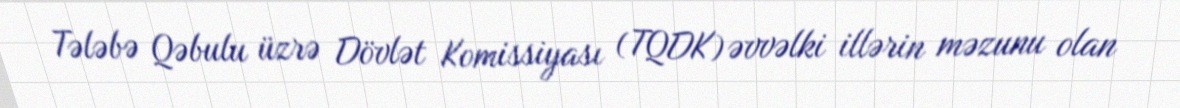
Tələbə Qəbulu üzrə Dövlət Komissiyası (TQDK) əvvəlki illərin məzunu olan